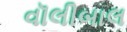
વૉલીબાલ